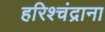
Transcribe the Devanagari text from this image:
हरिश्चंद्राना